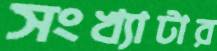
সংখ্যাটার